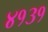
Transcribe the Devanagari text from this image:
४१३१